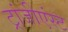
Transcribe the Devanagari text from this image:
ट्रांजीएंस्ट